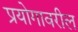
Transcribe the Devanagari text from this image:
प्रयोगावरील